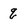
Character: q